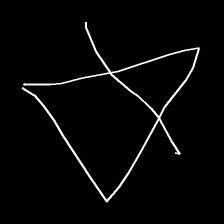
Glyph: empower